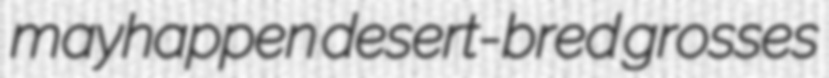
mayhappen desert-bred grosses